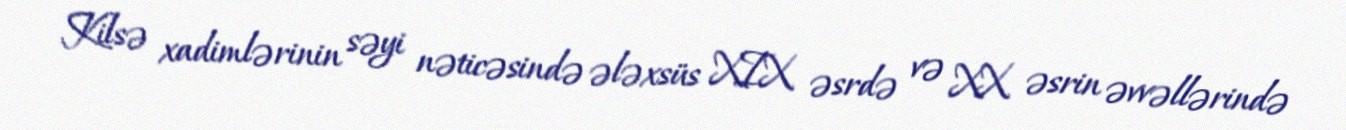
Kilsə xadimlərinin səyi nəticəsində ələxsüs XIX əsrdə və XX əsrin əvvəllərində